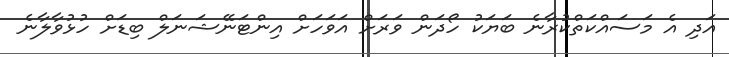
އަދި އެ މަސައްކަތްކުރާނެ ބަޔަކު ހޯދަން ވަރަށް އަވަހަށް އިންޓަނޭޝަނަލް ބިޑަށް ހުޅުވާލާނެ